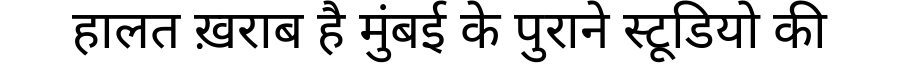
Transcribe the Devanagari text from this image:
हालत ख़राब है मुंबई के पुराने स्टूडियो की